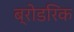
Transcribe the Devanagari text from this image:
ब्रोडरिक